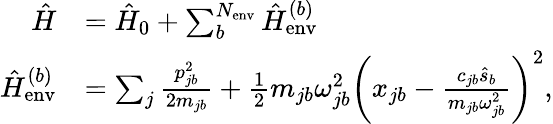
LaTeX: \begin{array}{rl}{\hat{H}}&{=\hat{H}_{0}+\sum_{b}^{N_{\mathrm{env}}}\hat{H}_{\mathrm{env}}^{(b)}}\\ {\hat{H}_{\mathrm{env}}^{(b)}}&{=\sum_{j}\frac{p_{jb}^{2}}{2m_{jb}}+\frac{1}{2}m_{jb}\omega_{jb}^{2}\left(x_{jb}-\frac{c_{jb}\hat{s}_{b}}{m_{jb}\omega_{jb}^{2}}\right)^{2},}\end{array}